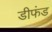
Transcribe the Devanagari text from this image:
डीफंड